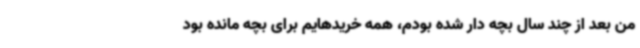
من بعد از چند سال بچه دار شده بودم، همه خریدهایم برای بچه مانده بود